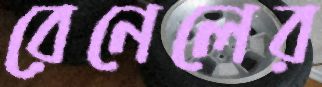
রেনেলের